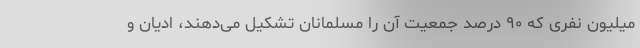
میلیون نفری که ۹۰ درصد جمعیت آن را مسلمانان تشکیل می‌دهند، ادیان و